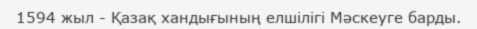
1594 жыл - Қазақ хандығының елшілігі Мәскеуге барды.